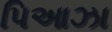
પિઆઝા